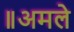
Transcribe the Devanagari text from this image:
॥अमले